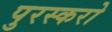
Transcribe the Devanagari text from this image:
पुरस्करो